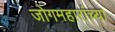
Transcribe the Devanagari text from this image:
जोगमहारांच्या